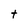
Character: t